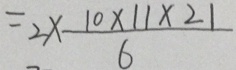
= 2 \times \frac { 1 0 \times 1 1 \times 2 1 } { 6 }